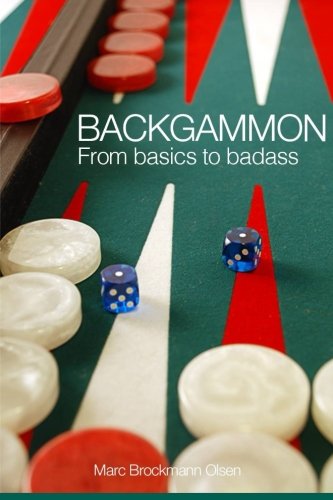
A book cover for Backgammon: From Basics to Badass; Mr. Marc Brockmann Olsen MBO; Humor & Entertainment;